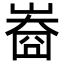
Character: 𡻲